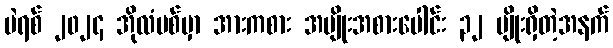
ပဲရစ် ၂၀၂၄ အိုလံပစ်မှာ အားကစား အမျိုးအစားပေါင်း ၃၂ မျိုးရှိတဲ့အနက်